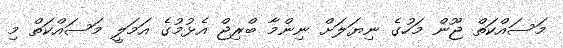
މަސައްކަތް ޖޫން މަހުގެ ނިޔަލަށް ނިންމާ ބްރިޖް އެޅުމުގެ އަމަލީ މަސައްކަތް މި